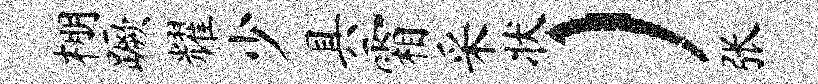
棚蹶耀少具霜采状）张